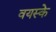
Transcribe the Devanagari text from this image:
वयस्के